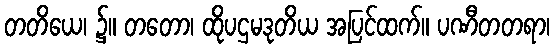
တတိယေ၊ ၌။ တတော၊ ထိုပဌမဒုတိယ အပြင်ထက်။ ပဏီတတရာ၊